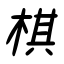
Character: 棋